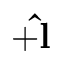
+ \mathbf { \hat { l } }